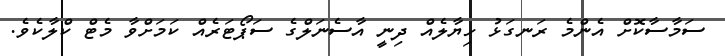
ސަމާސާކޮށް އެންމެ ރަނގަޅު ހިޔާލެއް ދިނީ އާސެނަލްގެ ސަޕޯޓަރެއް ކަމަށްވާ މެޓް ކްލާކެެވެ.